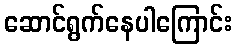
ဆောင်ရွက်နေပါကြောင်း